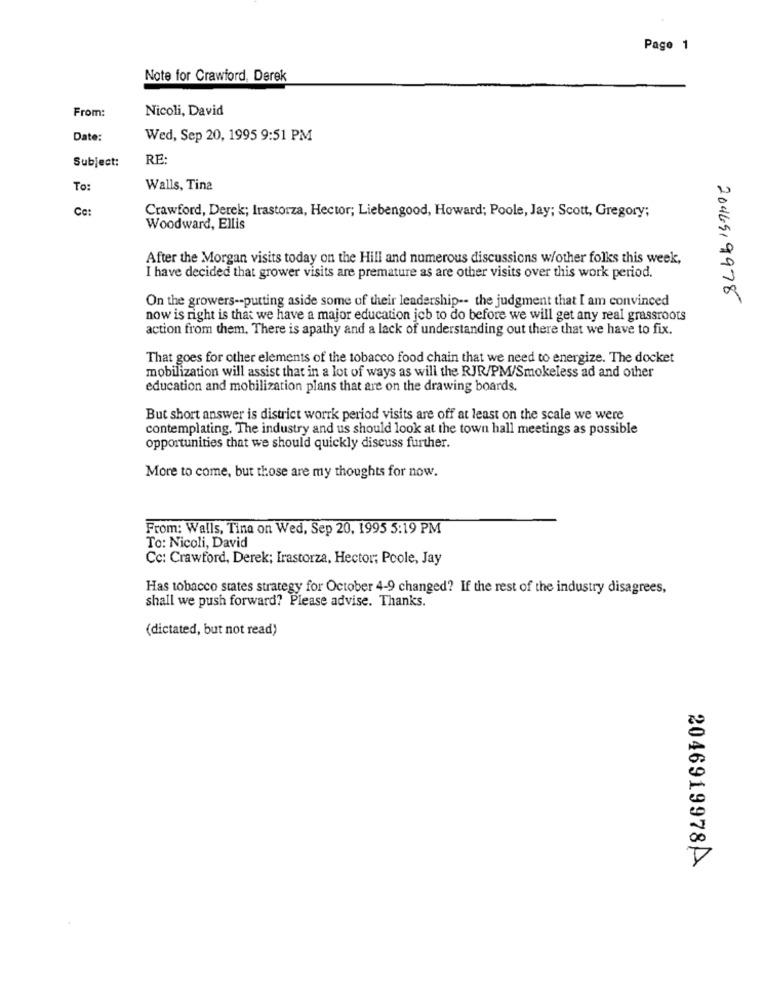
Page 1
Note for Crawford, Derek
From:
Nicoli, David
Date:
Wed, Sep 20, 1995 9:51 PM
Subject:
RE:
To:
Walls, Tina
Crawford, Derek; Irastorza, Hector; Liebengood, Howard; Poole, Jay; Scott, Gregory;
Woodward, Ellis
After the Morgan visits today on the Hill and numerous discussions w/other folks this week,
I have decided that grower visits are premature as are other visits over this work period.
On the growers -- putting aside some of their leadership -- the judgment that I am convinced
2046519978
now is right is that we have a major education job to do before we will get any real grassroots
action from them. There is apathy and a lack of understanding out there that we have to fix.
That goes for other elements of the tobacco food chain that we need to energize. The docket
mobilization will assist that in a lot of ways as will the RJR/PM/Smokeless ad and other
education and mobilization plans that are on the drawing boards.
But short answer is district worrk period visits are off at least on the scale we were
contemplating. The industry and us should look at the town hall meetings as possible
Opportunities that we should quickly discuss further.
More to come, but those are my thoughts for now.
From: Walls, Tina on Wed, Sep 20, 1995 5:19 PM
To: Nicoli, David
Cc: Crawford, Derek; Irastorza, Hector; Poole, Jay
Has tobacco states strategy for October 4-9 changed? If the rest of the industry disagrees,
shall we push forward? Please advise. Thanks.
(dictated, but not read)
2046919978A